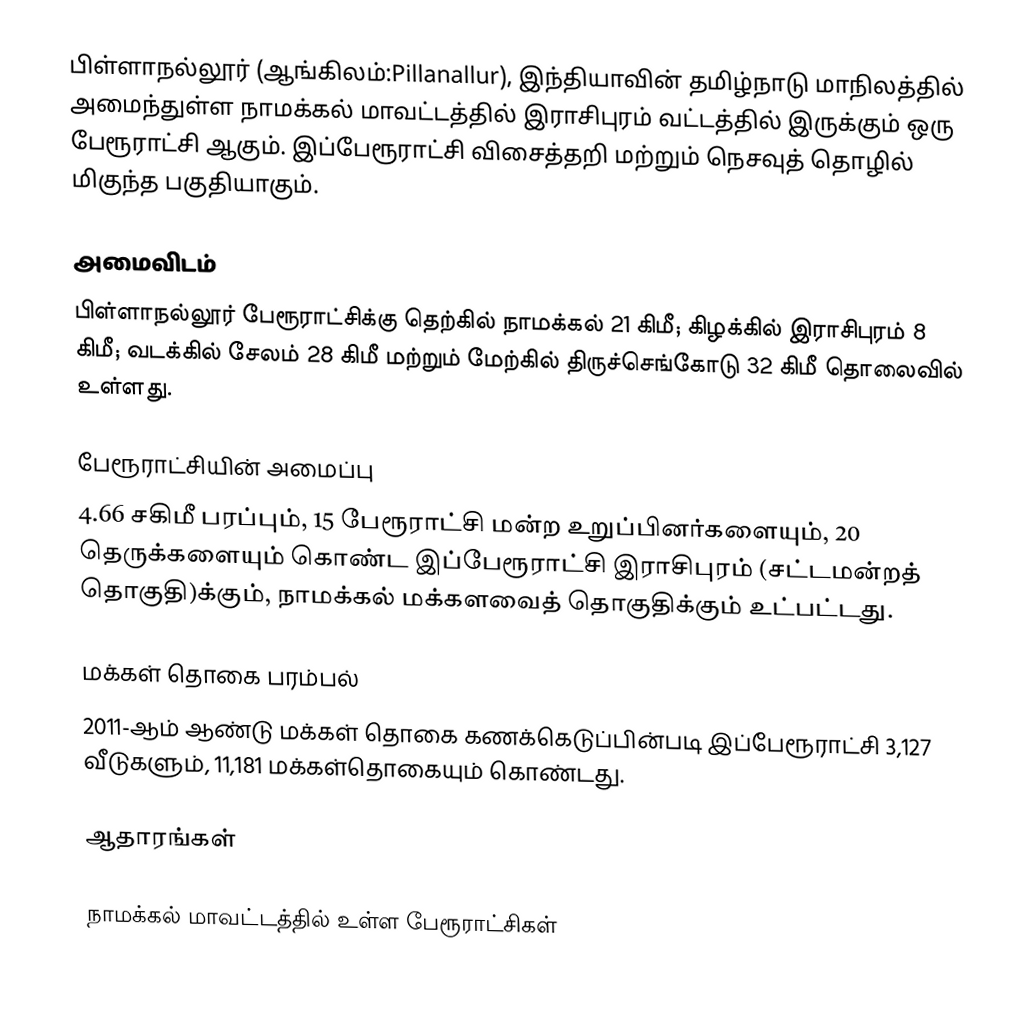
பிள்ளாநல்லூர் (ஆங்கிலம்:Pillanallur), இந்தியாவின் தமிழ்நாடு மாநிலத்தில் அமைந்துள்ள நாமக்கல் மாவட்டத்தில் இராசிபுரம் வட்டத்தில் இருக்கும் ஒரு பேரூராட்சி ஆகும். இப்பேரூராட்சி விசைத்தறி மற்றும் நெசவுத் தொழில் மிகுந்த பகுதியாகும்.

அமைவிடம்
பிள்ளாநல்லூர் பேரூராட்சிக்கு தெற்கில் நாமக்கல் 21 கிமீ; கிழக்கில் இராசிபுரம் 8  கிமீ; வடக்கில் சேலம் 28 கிமீ மற்றும்  மேற்கில் திருச்செங்கோடு 32 கிமீ தொலைவில் உள்ளது.

பேரூராட்சியின் அமைப்பு
4.66 சகிமீ பரப்பும்,  15 பேரூராட்சி மன்ற உறுப்பினர்களையும், 20 தெருக்களையும் கொண்ட இப்பேரூராட்சி இராசிபுரம்   (சட்டமன்றத் தொகுதி)க்கும், நாமக்கல் மக்களவைத் தொகுதிக்கும் உட்பட்டது.

மக்கள் தொகை பரம்பல்
2011-ஆம் ஆண்டு மக்கள் தொகை கணக்கெடுப்பின்படி  இப்பேரூராட்சி    3,127  வீடுகளும், 11,181 மக்கள்தொகையும் கொண்டது.

ஆதாரங்கள்

நாமக்கல் மாவட்டத்தில் உள்ள பேரூராட்சிகள்